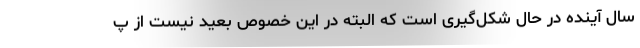
سال آینده در حال شکل‌گیری است که البته در این خصوص بعید نیست از پ